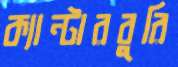
ক্যান্টারবুরি